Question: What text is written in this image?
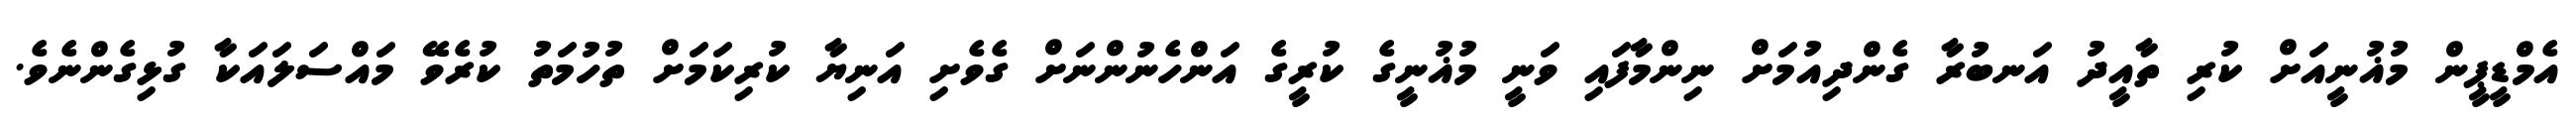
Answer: އެމްޑީޕީން މުޣުނީއަށް ކުރި ތާއީދު އަނބުރާ ގެންދިއުމަށް ނިންމާފައި ވަނީ މުޣުނީގެ ކުރީގެ އަންހެނުންނަށް ގެވެށި އަނިޔާ ކުރިކަމަށް ތުހުމަތު ކުރެވޭ މައްސަލައަކާ ގުޅިގެންނެވެ.